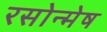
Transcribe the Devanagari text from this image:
रसोन्मेष